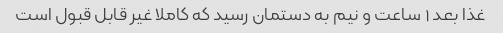
غذا بعد ۱ ساعت و نیم به دستمان رسید که کاملا غیر قابل قبول است